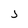
Character: j